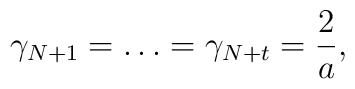
\gamma_{N+1}=\ldots =\gamma_{N+t}=\frac{2}{a},